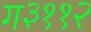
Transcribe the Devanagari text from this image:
ग३११२